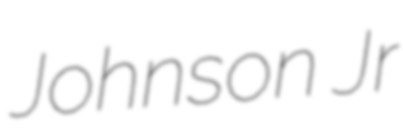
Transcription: Johnson Jr